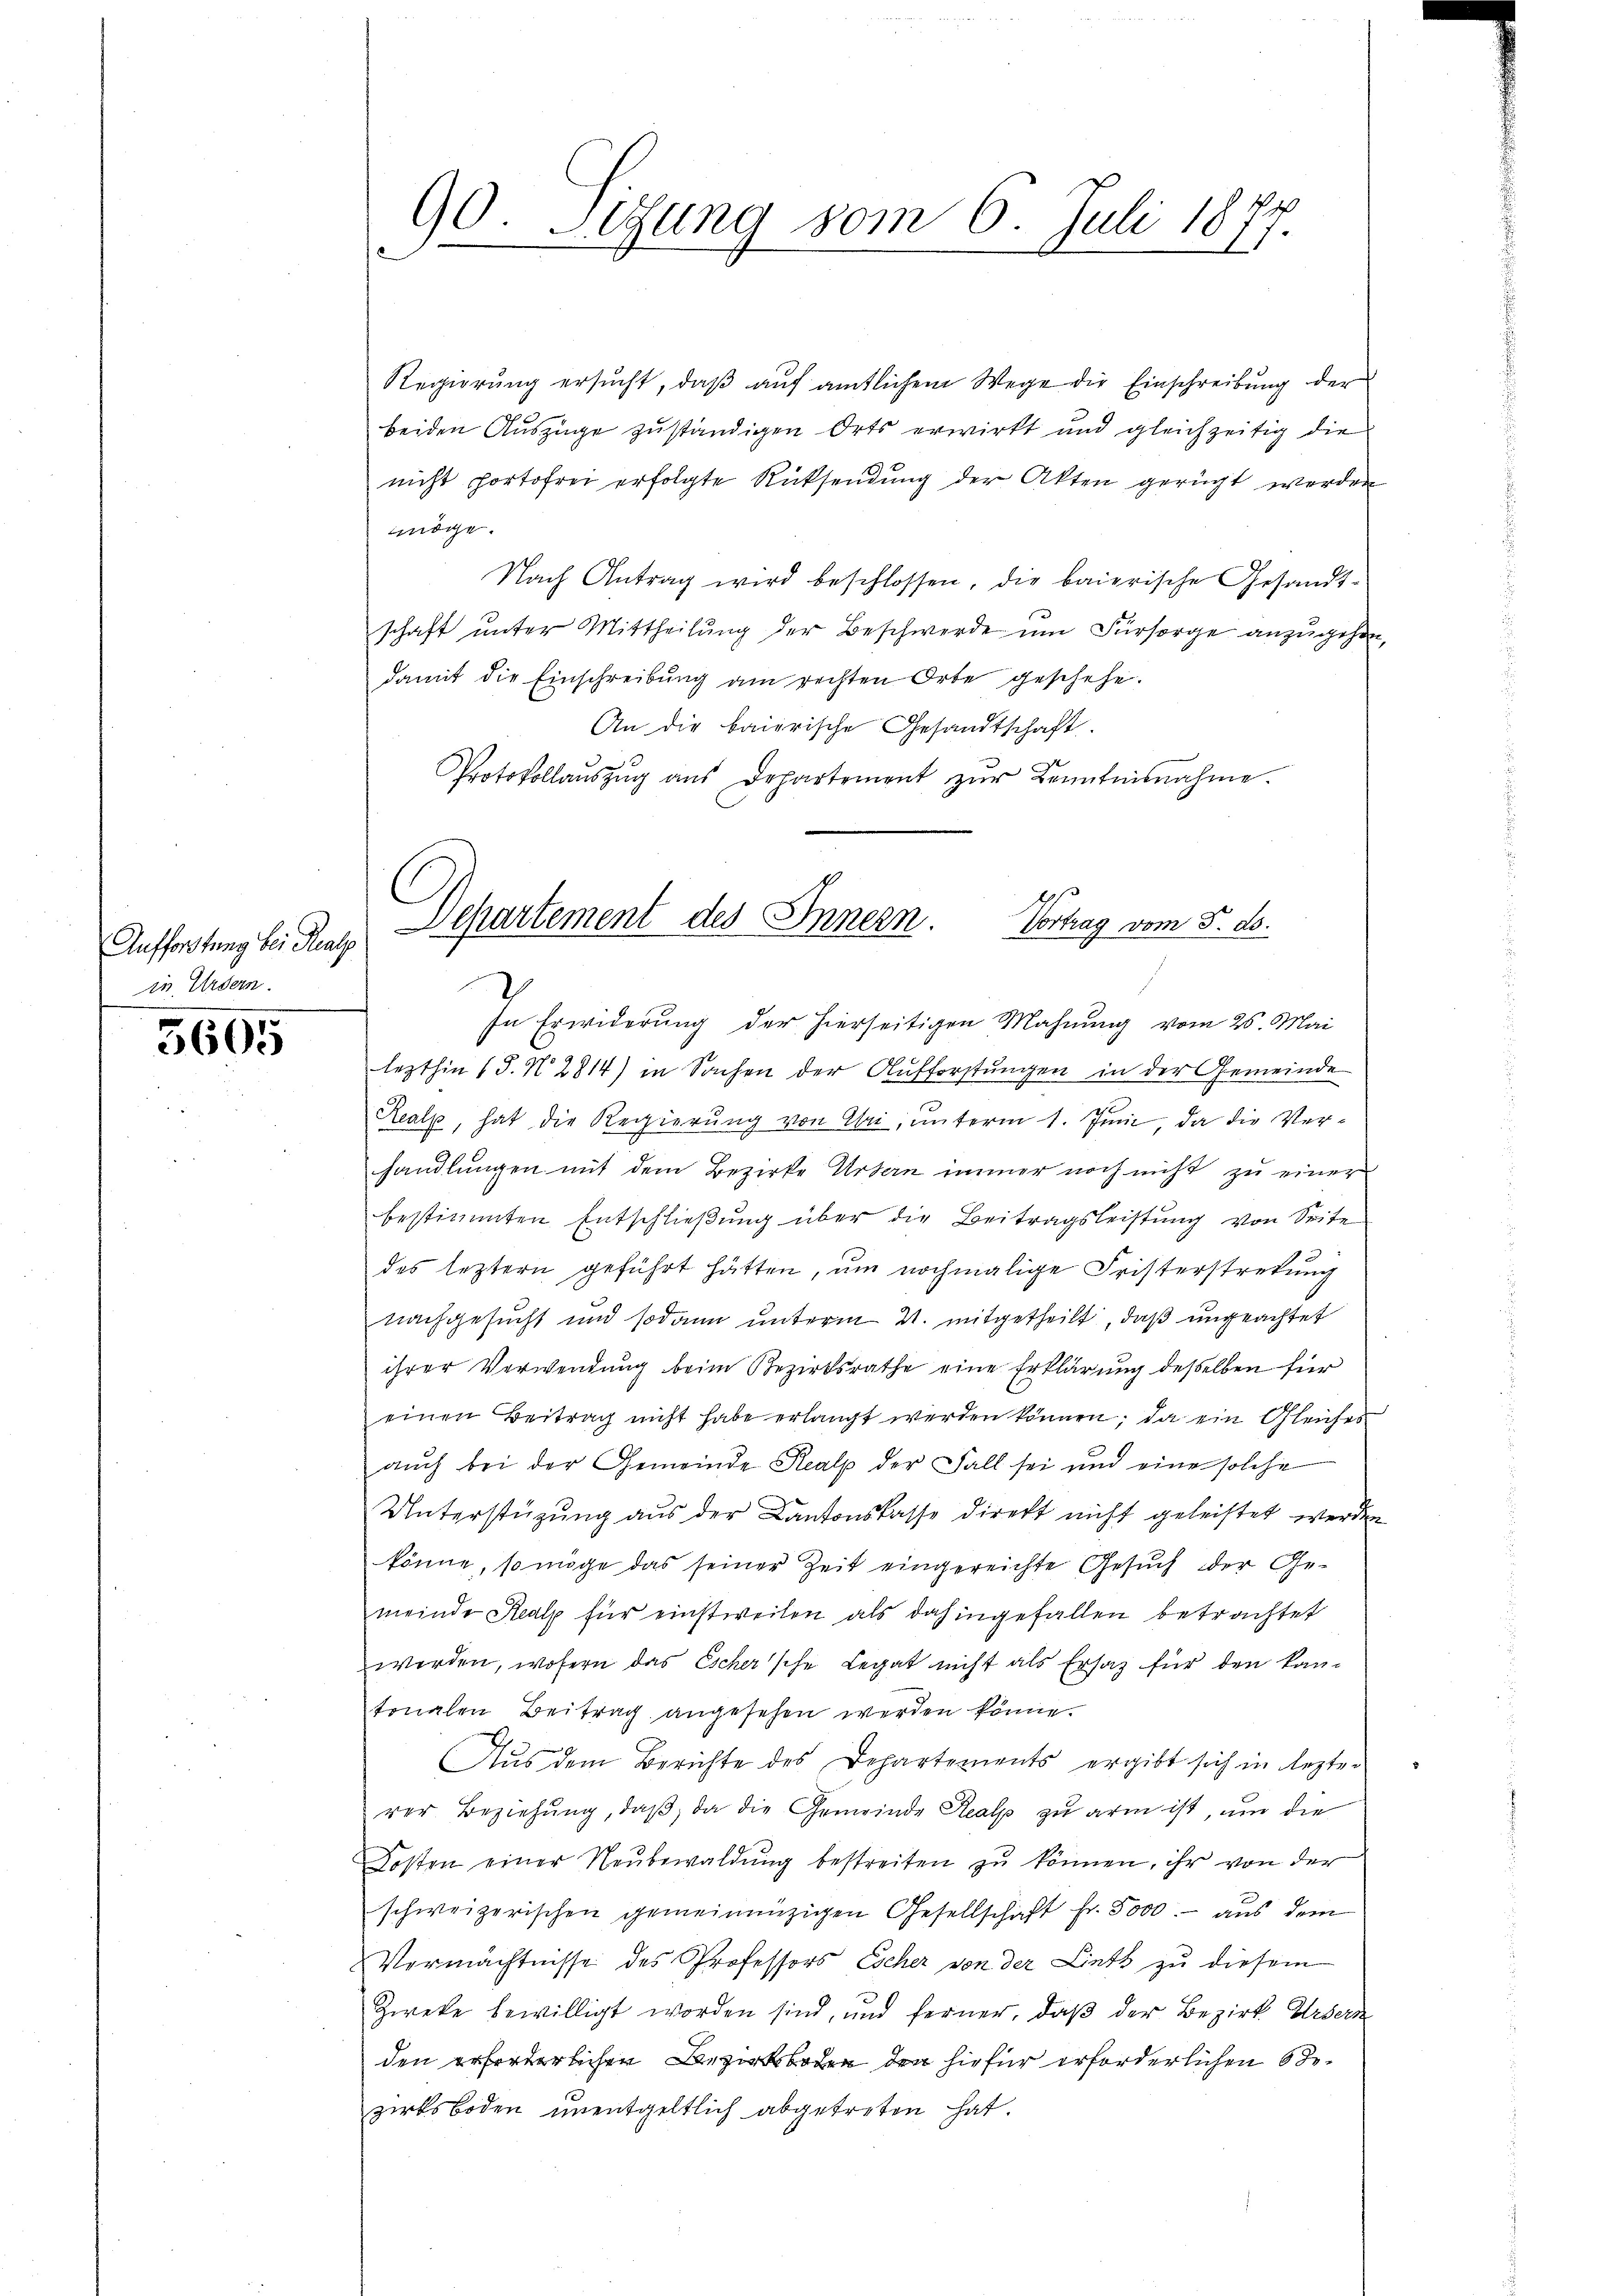
Aufforstung bei Realp
in Erdern.

3605

90. Sitzung vom 6. Juli 1877.

Regierŭng ersŭcht, daβ aŭf amtlichem Wege die Einschreibŭng der
beiden Auszüge zuständigen Orts erwirkt und gleichzeitig die
nicht portofrei erfolgte Rücksendung der Akten gerücht werden
möge.
Nach Antrag wird beschlossen, die baierische Gesandt-
schaft unter Mittheilung der Beschwerde um Fürsorge anzugehen,
damit die Einschreibung am rechten Orte geschehe.
An die baierische Gesandtschaft.
Protokollaŭszŭg aŭs Departement zŭr Kenntnisnahme.

Departement des Innern. Vortrag vom 5. ds.

In Erwiderung der hierseitigen Mahnung vom 25. Mai
lezthin (S. N. 2814) in Sachen der Aufforstungen in der Gemeinde
Realp, hat die Regierung von Uri, unterm 1. Juni, da die Verhandlungen mit dem Bezirke Urban immer noch nicht zu einer
bestimmten Entschließung über die Beitragsleistung von Seite
des leztern geführt hätten, um nochmalige Fristerstretung
nachgesucht und sodann unterm 2. mitgetheilt, daß ungeachtet
ihrer Verwendung beim Bezirksrathe eine Erklärung desselben für
einen Beitrag nicht habe erlangt werden können; da ein Gleiches
auch bei der Gemeinde Realp der Fall sei und eine solche
Unterstützung aus der Kantonskasse direkt nicht geleistet werden
könne, so möge das seiner Zeit eingereichte Gesuch der Gemeinde Realp für einstweilen als dahingefallen betrachtet
werden, wofern das Escher'sche Legat nicht als Ersatz für den kantonalen Beitrag angesehen werden könne.
Aus dem Berichte des Departements ergibt sich in lezter
rer Beziehŭng, daβ, da die Gemeinde Realp zu arm ist, um die
Kosten einer Neŭbewaldŭng bestreiten zŭ können, ihr von der
schweizerischen gemeinenzigen Gesellschaft fr. 5000.- aus dem
Vermächtnisse des Professors Escher von der Linth zu diesem
Zweke bewilligt worden sind, und ferner, daβ der Bezirk Ursern
den erforderlichen Bezirksboden den hiefür erforderlichen 6 Jozirksboden unentgeltlich abgetreten hat.